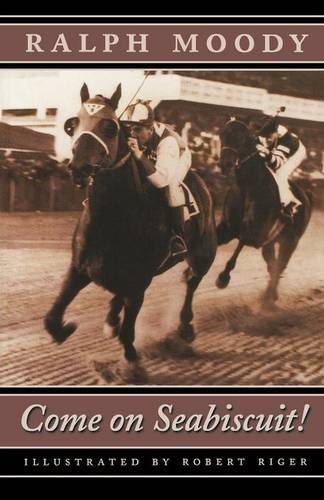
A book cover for Come on Seabiscuit!; Ralph Moody; Teen & Young Adult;